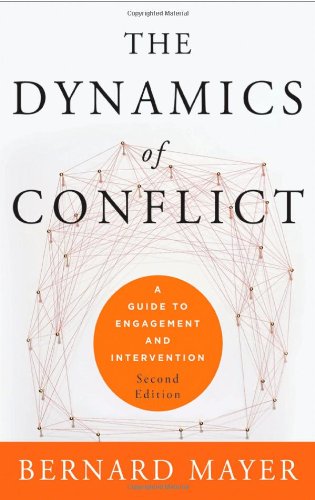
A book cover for The Dynamics of Conflict: A Guide to Engagement and Intervention; Bernard Mayer; Politics & Social Sciences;